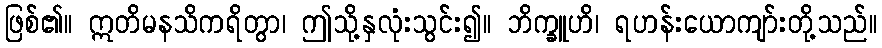
ဖြစ်၏။ ဣတိမနသိကရိတွာ၊ ဤသို့နှလုံးသွင်း၍။ ဘိက္ခူဟိ၊ ရဟန်းယောကျာ်းတို့သည်။